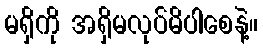
မရှိကို အရှိမလုပ်မိပါစေနဲ့။